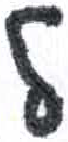
אות: ל